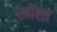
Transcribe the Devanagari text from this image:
खींसा